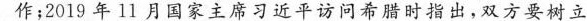
作；2019年11月国家主席习近平访问希腊时指出，双方要树立